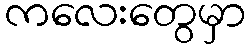
ကလေးတွေမှာ